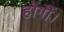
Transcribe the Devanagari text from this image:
होंगीं।